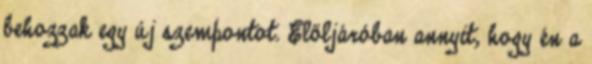
behozzak egy új szempontot. Előljáróban annyit, hogy én a